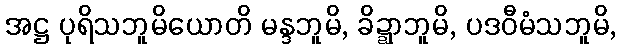
အဋ္ဌ ပုရိသဘူမိယောတိ မန္ဒဘူမိ, ခိဍ္ဍာဘူမိ, ပဒဝီမံသဘူမိ,